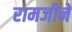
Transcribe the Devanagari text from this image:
रामजीने